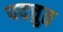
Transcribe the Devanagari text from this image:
पदचुत